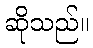
ဆိုသည်။